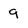
Character: 9